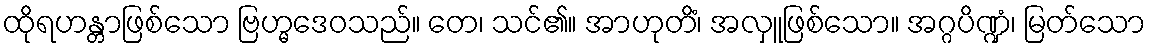
ထိုရဟန္တာဖြစ်သော ဗြဟ္မဒေဝသည်။ တေ၊ သင်၏။ အာဟုတိံ၊ အလှူဖြစ်သော။ အဂ္ဂပိဏ္ဍံ၊ မြတ်သော